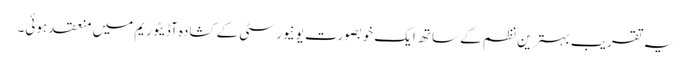
یہ تقریب بہترین نظم کے ساتھ ایک خوبصورت یونیورسٹی کے کشادہ آڈیٹوریم میں منعقد ہوئی۔